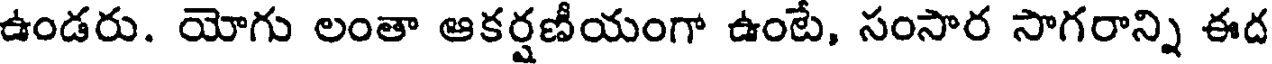
ఉండరు. యోగు లంతా ఆకర్షణీయంగా ఉంటే, సంసార సాగరాన్ని ఈద